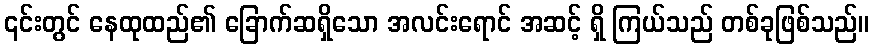
၎င်းတွင် နေထုထည်၏ ခြောက်ဆရှိသော အလင်းရောင် အဆင့် ရှိ ကြယ်သည် တစ်ခုဖြစ်သည်။